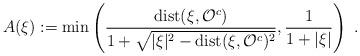
LaTeX: \begin{align*} A(\xi) := \min \left( \frac{{\rm dist}(\xi,\mathcal{O}^c)}{1+\sqrt{|\xi|^2-{\rm dist}(\xi,\mathcal{O}^c)^2}}, \frac{1}{1+|\xi|} \right)~. \end{align*}